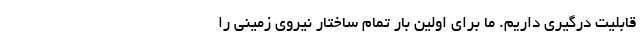
قابلیت درگیری داریم. ما برای اوّلین بار تمام ساختار نیروی زمینی را